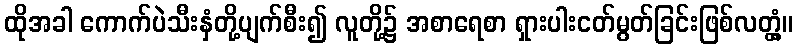
ထိုအခါ ကောက်ပဲသီးနှံတို့ပျက်စီး၍ လူတို့၌ အစာရေစာ ရှားပါးငတ်မွတ်ခြင်းဖြစ်လတ္တံ့။